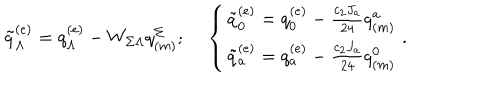
LaTeX: \tilde { q } _ { \Lambda } ^ { ( e ) } = q _ { \Lambda } ^ { ( e ) } - W _ { \Sigma \Lambda } q _ { ( m ) } ^ { \Sigma } ; \left\{ \begin{matrix} { { \tilde { q } _ { 0 } ^ { ( e ) } = q _ { 0 } ^ { ( e ) } - { \frac { c _ { 2 } J _ { a } } { 2 4 } } q _ { ( m ) } ^ { a } } } \\ { { \tilde { q } _ { a } ^ { ( e ) } = q _ { a } ^ { ( e ) } - { \frac { c _ { 2 } J _ { a } } { 2 4 } } q _ { ( m ) } ^ { 0 } } } \\ \end{matrix} \right. .